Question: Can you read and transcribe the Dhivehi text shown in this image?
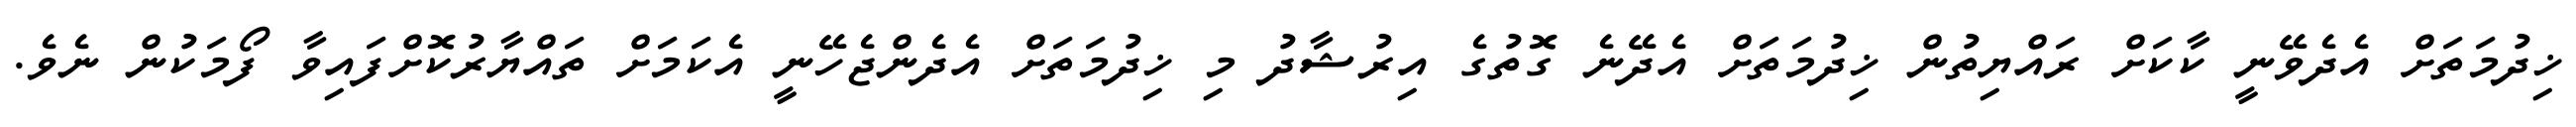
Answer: ޚިދުމަތަށް އެދެވޭނީ ކާކަށް ރައްޔިތުން ޚިދުމަތަށް އެދޭނެ ގޮތުގެ އިރުޝާދު މި ޚިދުމަތަށް އެދެންޖެހޭނީ އެކަމަށް ތައްޔާރުކޮށްފައިވާ ފޯމަކުން ނެވެ.